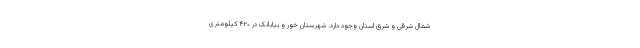
شمال شرقی و شرق استان وجود دارد. شهرستان خور و بیابانک در ۴۲۰ کیلومتری